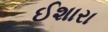
ઈશારા